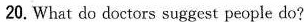
20. What do doctors suggest people do?